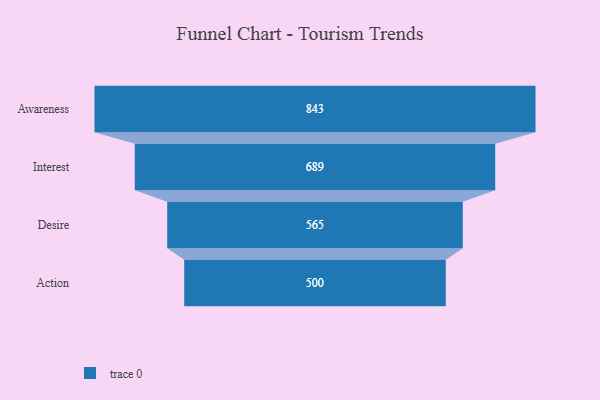
{"axis": {"x": "Stage", "y": "Value"}, "legend": [""], "data": [{"x": "Awareness", "y": 843.0, "type": ""}, {"x": "Interest", "y": 689.0, "type": ""}, {"x": "Desire", "y": 565.0, "type": ""}, {"x": "Action", "y": 500, "type": ""}]}